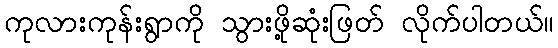
ကုလားကုန်းရွာကို သွားဖို့ဆုံးဖြတ် လိုက်ပါတယ်။